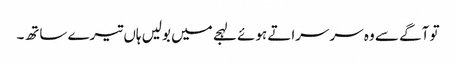
تو آگے سے وہ سرسراتے ہوئے لہجے میں بولیں ہاں تیرے ساتھ۔